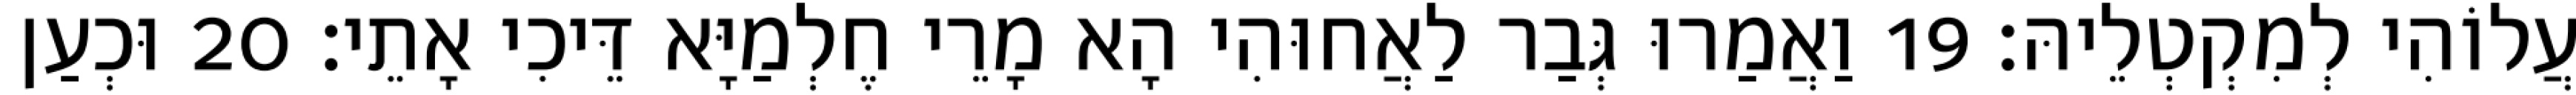
עֲלוֹהִי לְמִקְטְלֵיהּ׃ 19 וַאֲמַרוּ גְּבַר לַאֲחוּהִי הָא מָרֵי חֶלְמַיָּא דֵּיכִי אָתֵי׃ 20 וּכְעַן